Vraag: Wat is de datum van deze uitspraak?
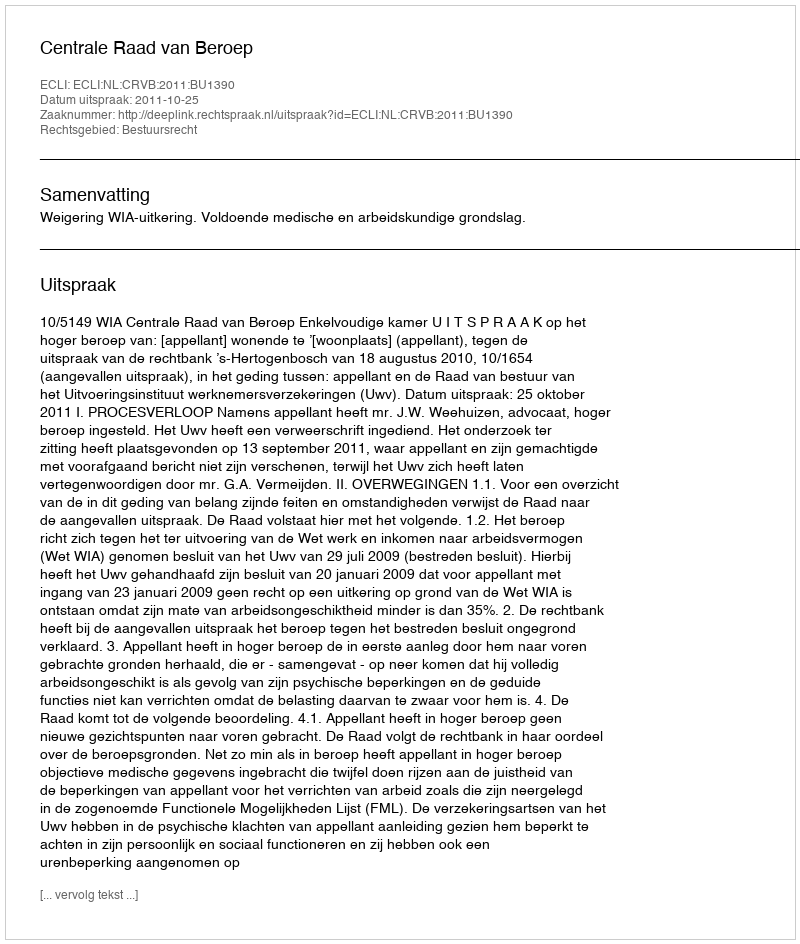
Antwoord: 2011-10-25